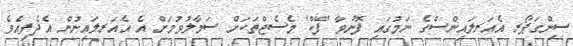
ސިންގަޕޯރ އެއަރލައިންސްގެ ނަމުގައި ފޮނުވާ 'ފޭކް' މެސެޖްތަކަށް ސަމާލުވުމަށް އެ އެއަރލައިނުން އެދެފިއެވެ